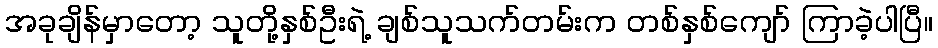
အခုချိန်မှာတော့ သူတို့နှစ်ဦးရဲ့ ချစ်သူသက်တမ်းက တစ်နှစ်ကျော် ကြာခဲ့ပါပြီ။